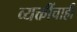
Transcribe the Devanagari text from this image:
व्यक्तींचाही